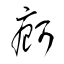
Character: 痾